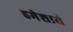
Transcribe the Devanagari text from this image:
हमेशासे